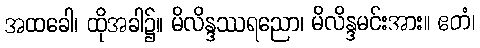
အထခေါ၊ ထိုအခါ၌။ မိလိန္ဒဿရညော၊ မိလိန္ဒမင်းအား။ ဧတံ၊